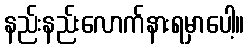
နည်းနည်းလောက်နားရမှာပေါ့။